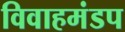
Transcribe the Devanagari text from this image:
विवाहमंडप